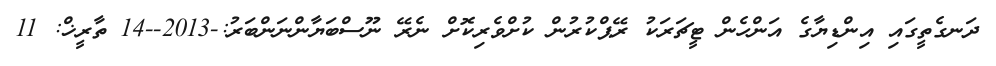
ދަނގެތީގައި އިންޑިޔާގެ އަންހެން ޓީޗަރަކު ރޭޕްކުރުން ކުށްވެރިކޮށް ނެރޭ ނޫސްބަޔާންނަންބަރު:-2013--14 ތާރީޚް: 11